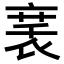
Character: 𬡚